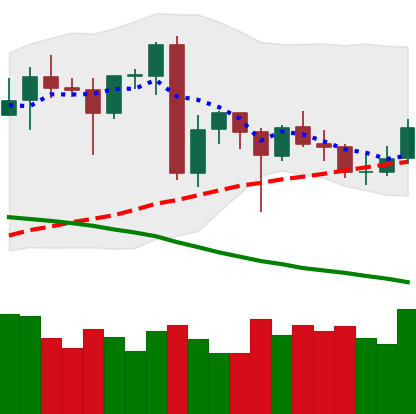
Ticker: XMR-USD
Chart end date: 2020-06-22
Forward return: -5.451%
Label: down_5_7